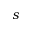
s